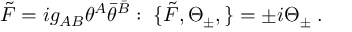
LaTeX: { \tilde { \cal F } } = i g _ { A B } \theta ^ { A } { \bar { \theta } } ^ { \bar { B } } : \; \{ { \tilde { \cal F } } , \Theta _ { \pm } , \} = \pm i \Theta _ { \pm } \; .